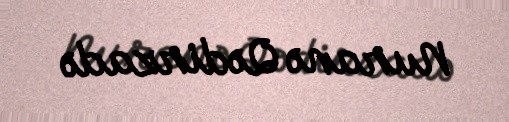
Nuranə Qədirzadə